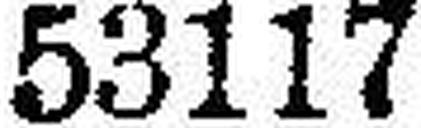
53117